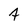
Character: 4